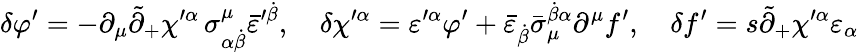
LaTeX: \delta\varphi^{\prime}=-\partial_{\mu}\tilde{\partial}_{+}\chi^{\prime\alpha}\, \sigma_{\alpha\dot{\beta}}^{\mu}\bar{\varepsilon}^{\prime\dot{\beta}},\quad\delta\chi^{\prime\alpha}=\varepsilon^{\prime\alpha}\varphi^{\prime}+\bar{\varepsilon}_{\dot{\beta}}\bar{\sigma}_{\mu}^{\dot{\beta}\alpha}\partial^{\mu}f^{\prime},\quad\delta f^{\prime}=s\tilde{\partial}_{+}\chi^{\prime\alpha}\varepsilon_{\alpha}